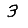
Digit: 3